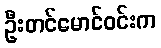
ဦးတင်မောင်ဝင်းက